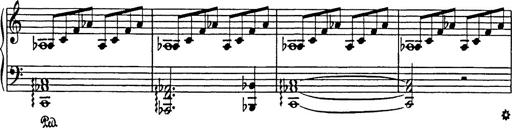
Title: In festo transfigurationis Domini nostri Jesu Christi
Composer: Franz Liszt